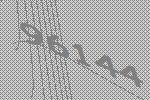
96144